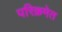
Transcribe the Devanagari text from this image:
परिक्रमेत